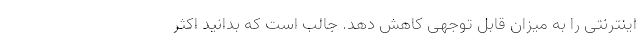
اینترنتی را به میزان قابل توجهی کاهش دهد. جالب است که بدانید اکثر